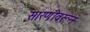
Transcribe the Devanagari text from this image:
सारणीवरून